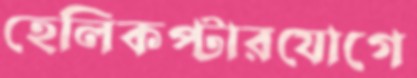
হেলিকপ্টারযোগে